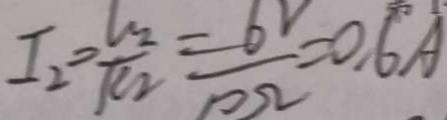
I _ { 2 } = \frac { V _ { 2 } } { R _ { 2 } } = \frac { 6 } { 1 0 \Omega } = 0 . 6 A